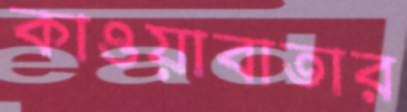
কাওয়াবাতার